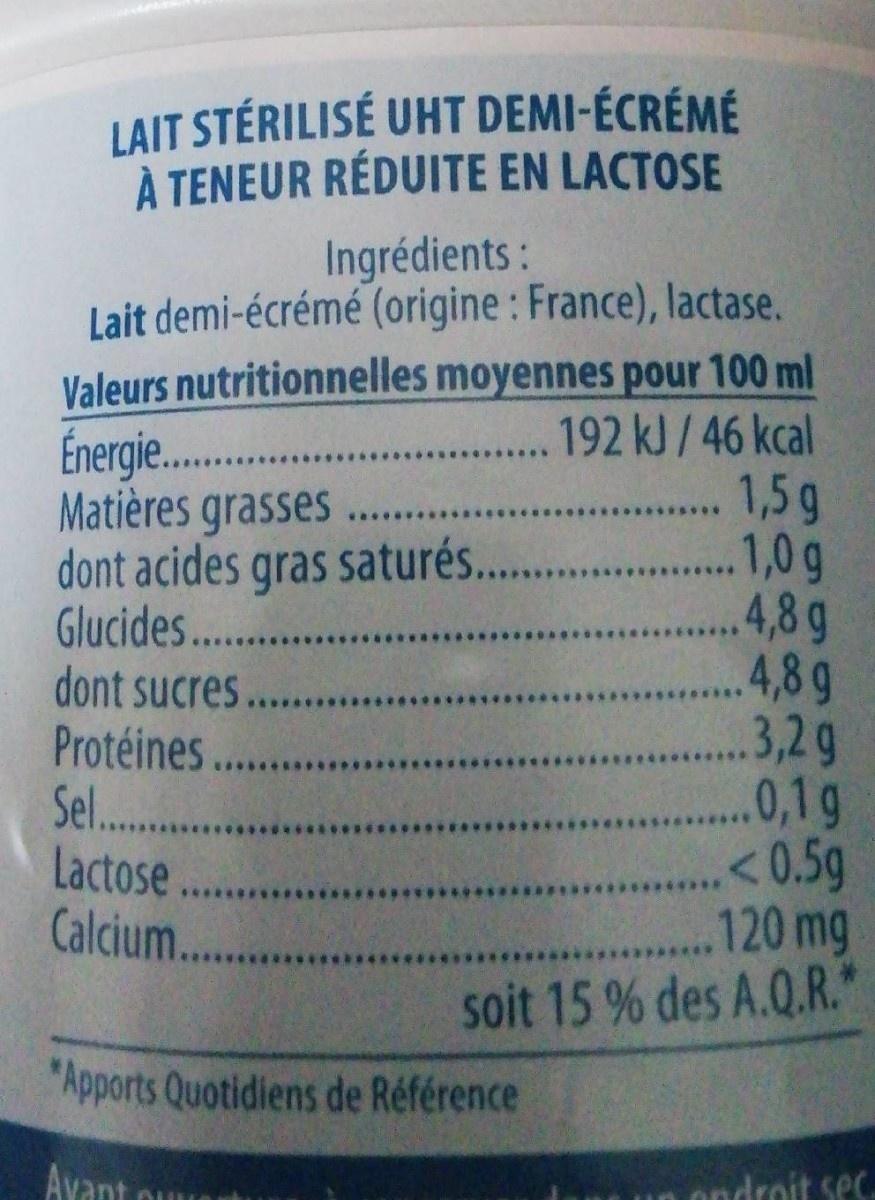
LAIT STÉRILISÉ UHT DEMI-ÉCRÉMÉ À TENEUR RÉDUITE EN LACTOSE
Ingrédients:
Énergie . Matières grasses... dont acides gras saturés.. Glucides... dont sucres. Protéines... Sel.. Lactose... Calcium..
Lait demi-écrémé (origine : France), lactase. Valeurs nutritionnelles moyennes pour 100 ml .192 kJ/46 kcal . 1,5 g 1,0g 4,8g .4,8g 3,2g .0,1g <0.5g 120 mg soit 15 % des A.Q.R."
"Apports Quotidiens de Référence
Avant ou
ondroit sec.